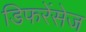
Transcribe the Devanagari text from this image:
डिफरेंसेज